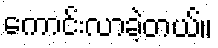
ကောင်းလာခဲ့တယ်။